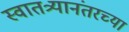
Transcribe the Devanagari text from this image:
स्वातत्र्यानंतरच्या